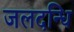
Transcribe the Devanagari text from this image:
जलदन्धि